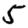
Digit: 5